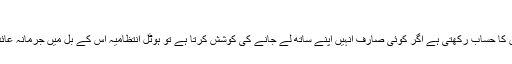
چائے کے کپ اور گلاس
: ہوٹل انتظامیہ صارف کو پیش کیے جانے والے تمام تر برتنوں کا حساب رکھتی ہے اگر کوئی صارف انہیں اپنے ساتھ لے جانے کی کوشش کرتا ہے تو ہوٹل انتظامیہ اس کے بل میں جرمانہ عائد کر سکتی ہے اور آپ ہرگز یہ چیزیں ساتھ نہیں لے جا سکتے۔